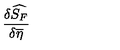
\frac { \delta \widehat { S _ { F } } } { \delta \overline { { \eta } } }